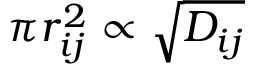
\pi r _ { i j } ^ { 2 } \propto \sqrt { D _ { i j } }